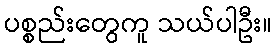
ပစ္စည်းတွေကူ သယ်ပါဦး။